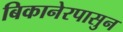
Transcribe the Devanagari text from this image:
बिकानेरपासुन